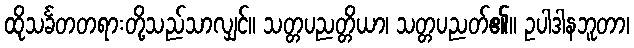
ထိုသင်္ခတတရားတို့သည်သာလျှင်။ သတ္တပညတ္တိယာ၊ သတ္တပညတ်၏။ ဥပါဒါနဘူတာ၊